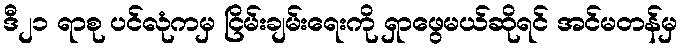
ဒီ၂၁ ရာစု ပင်လုံကမှ ငြိမ်းချမ်းရေးကို ရှာဖွေမယ်ဆိုရင် အင်မတန်မှ